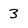
Character: 3